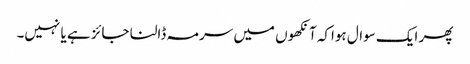
پھر ایک سوال ہواکہ آنکھوں میں سرمہ ڈالنا جائز ہے یا نہیں۔